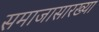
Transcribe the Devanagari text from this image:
समाजासारख्या